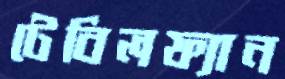
টেবিলফ্যান